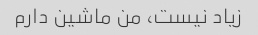
زیاد نیست، من ماشین دارم